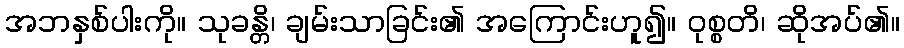
အဘနှစ်ပါးကို။ သုခန္တိ၊ ချမ်းသာခြင်း၏ အကြောင်းဟူ၍။ ဝုစ္စတိ၊ ဆိုအပ်၏။